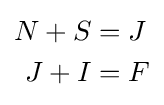
{\begin{aligned}N+S&=J\\J+I&=F\end{aligned}}